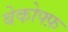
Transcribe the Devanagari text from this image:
बेकोफ्फ़